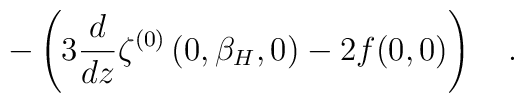
-\left(3{d \over dz}\zeta^{(0)}\left(0,\beta_H,0 \right)-2f(0,0)\right)~~~.